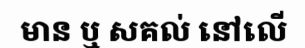
មាន ឬ សគល់ នៅលើ